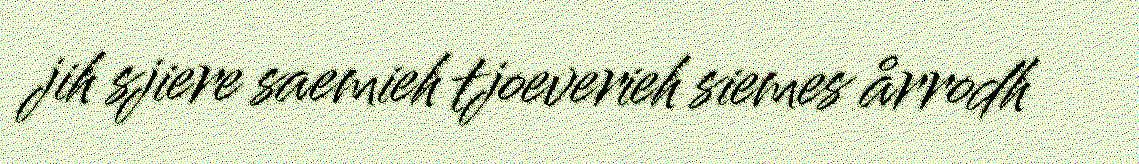
jih sjiere saemieh tjoeverieh siemes årrodh